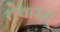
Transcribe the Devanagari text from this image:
तेवारम्‌